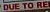
DUE TO REL